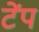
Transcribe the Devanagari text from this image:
टेंप